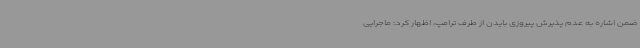
ضمن اشاره به عدم پذیرش پیروزی بایدن از طرف ترامپ، اظهار کرد: ماجرایی